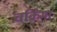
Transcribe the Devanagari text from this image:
चक्रिमा